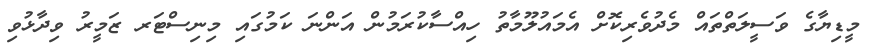
މީޑިޔާގެ ވަސީލަތްތައް މެދުވެރިކޮށް އެމައުލޫމާތު ހިއްސާކުރަމުން އަންނަ ކަމުގައި މިނިސްޓަރ ޒަމީރު ވިދާޅުވި